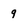
Character: 9